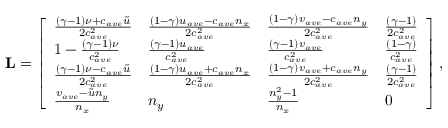
\mathbf { L } = \left[ \begin{array} { l l l l } { \frac { ( \gamma - 1 ) \nu + c _ { a v e } \tilde { u } } { 2 c _ { a v e } ^ { 2 } } } & { \frac { ( 1 - \gamma ) u _ { a v e } - c _ { a v e } n _ { x } } { 2 c _ { a v e } ^ { 2 } } } & { \frac { ( 1 - \gamma ) v _ { a v e } - c _ { a v e } n _ { y } } { 2 c _ { a v e } ^ { 2 } } } & { \frac { ( \gamma - 1 ) } { 2 c _ { a v e } ^ { 2 } } } \\ { 1 - \frac { ( \gamma - 1 ) \nu } { c _ { a v e } ^ { 2 } } } & { \frac { ( \gamma - 1 ) u _ { a v e } } { c _ { a v e } ^ { 2 } } } & { \frac { ( \gamma - 1 ) v _ { a v e } } { c _ { a v e } ^ { 2 } } } & { \frac { ( 1 - \gamma ) } { c _ { a v e } ^ { 2 } } } \\ { \frac { ( \gamma - 1 ) \nu - c _ { a v e } \tilde { u } } { 2 c _ { a v e } ^ { 2 } } } & { \frac { ( 1 - \gamma ) u _ { a v e } + c _ { a v e } n _ { x } } { 2 c _ { a v e } ^ { 2 } } } & { \frac { ( 1 - \gamma ) v _ { a v e } + c _ { a v e } n _ { y } } { 2 c _ { a v e } ^ { 2 } } } & { \frac { ( \gamma - 1 ) } { 2 c _ { a v e } ^ { 2 } } } \\ { \frac { v _ { a v e } - \tilde { u } n _ { y } } { n _ { x } } } & { n _ { y } } & { \frac { n _ { y } ^ { 2 } - 1 } { n _ { x } } } & { 0 } \end{array} \right] ,